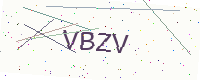
Text: VBZV